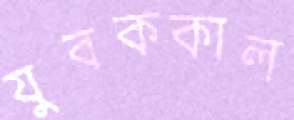
যুবককাল